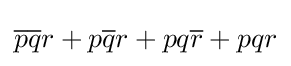
{\overline {p}}{\overline {q}}r+p{\overline {q}}r+pq{\overline {r}}+pqr